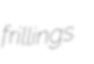
frillings